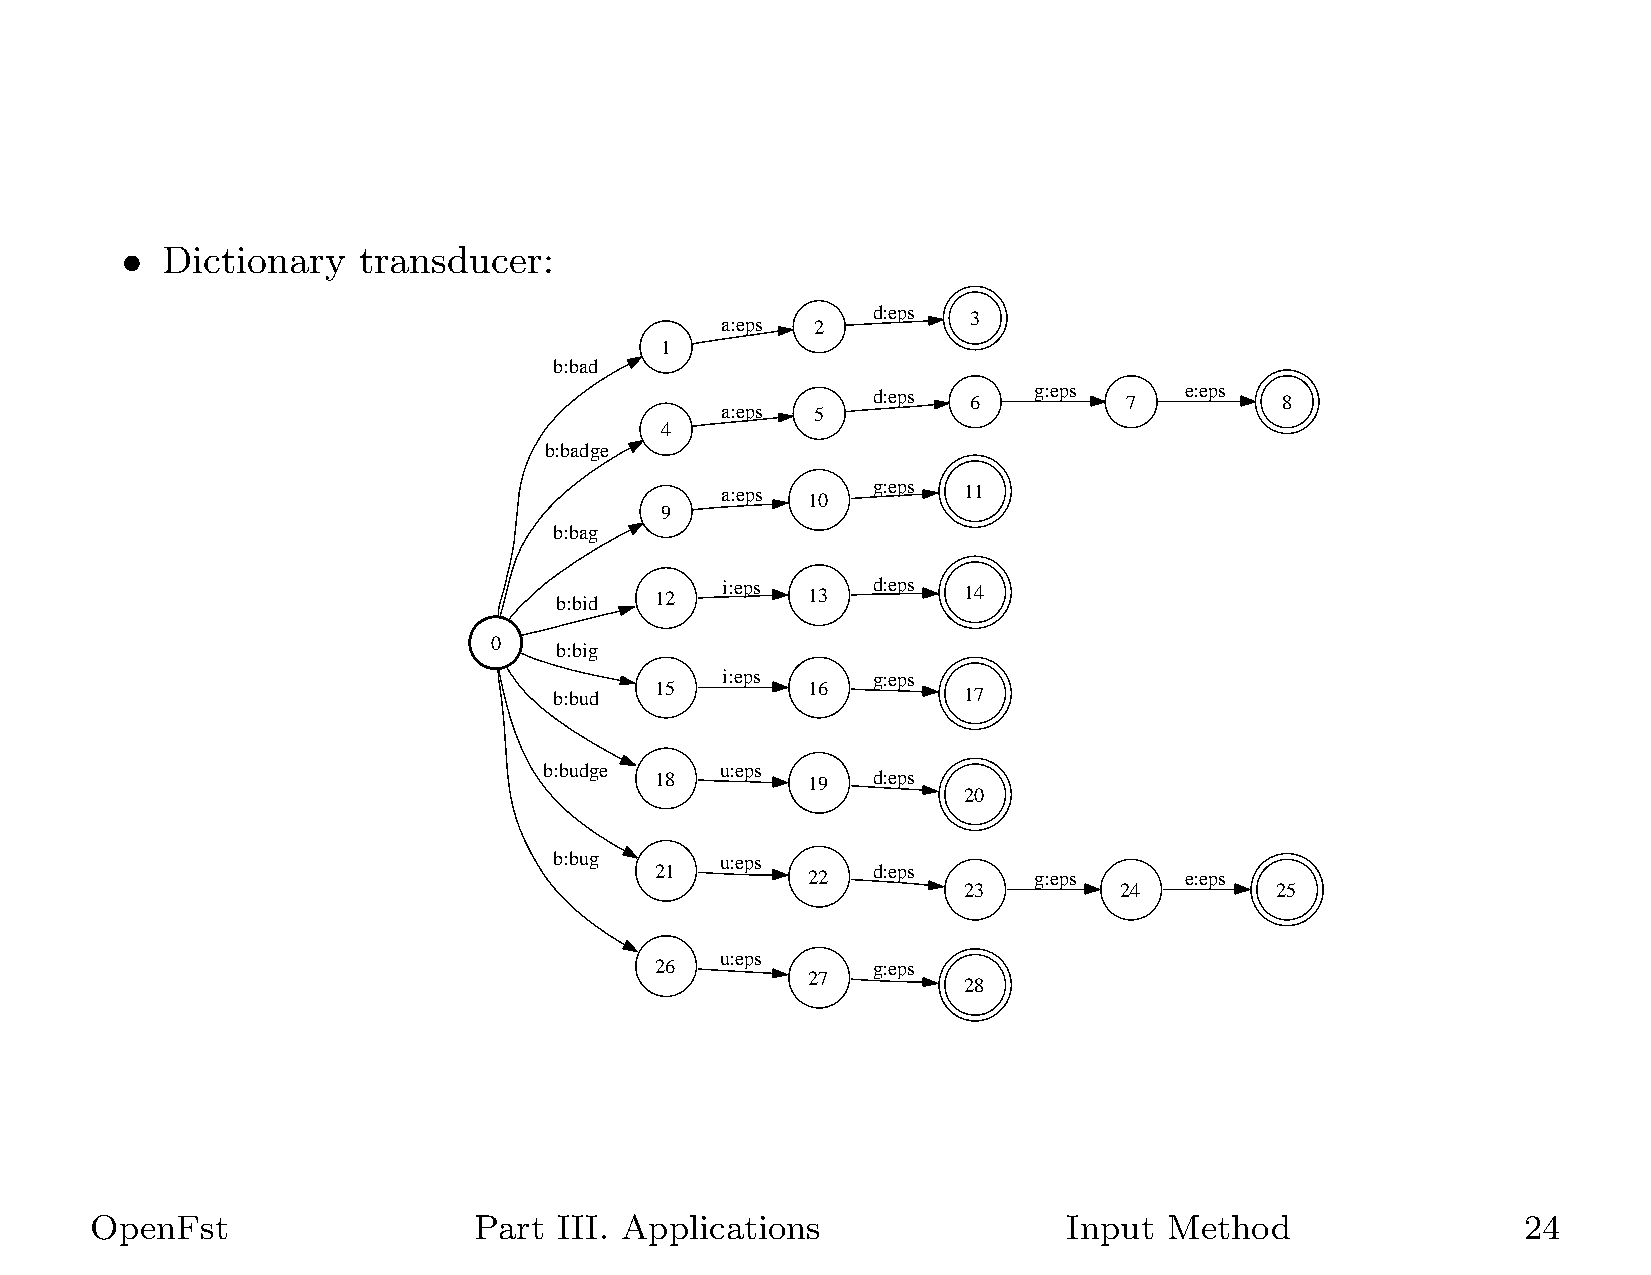
•  Dictionary   transducer:
 a:eps 2   d:eps 3
 1
 b:bad
 d:eps 6   g:eps  7  e:eps  8
 a:eps 5
 4
 b:badge
 a:eps 10  g:eps 11
 9
 b:bag
 b:bid 12   i:eps 13  d:eps 14
 0
 b:big
 i:eps     g:eps
 b:bud 15        16         17
 b:budge     u:eps
 18        19   d:eps
 20
 b:bug      u:eps
 21        22   d:eps     g:eps     e:eps
 23        24        25
 u:eps
 26             g:eps
 27
 28
 OpenFst                  Part  III. Applications                 Input Method                  24